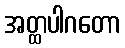
အတ္ထပါဂတော